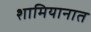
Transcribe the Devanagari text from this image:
शामियानात